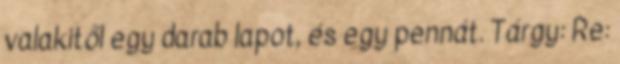
valakitől egy darab lapot, és egy pennát. Tárgy: Re: